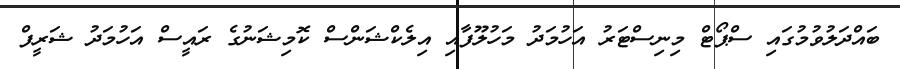
ބައްދަލުވުމުގައި ސްޕޯޓް މިނިސްޓަރު އަހުމަދު މަހުލޫފާއި އިލެކްޝަންސް ކޮމިޝަނުގެ ރައީސް އަހުމަދު ޝަރީފް